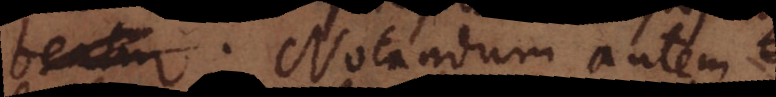
posthabeatur. Notandum autem